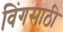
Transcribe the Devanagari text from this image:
विंगसाठी